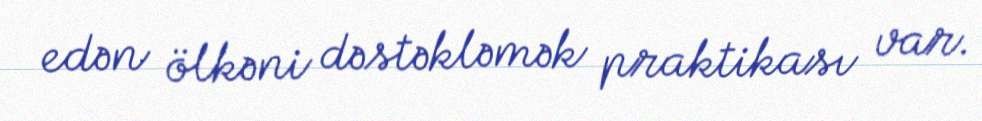
edən ölkəni dəstəkləmək praktikası var.